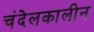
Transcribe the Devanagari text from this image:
चंदेलकालीन